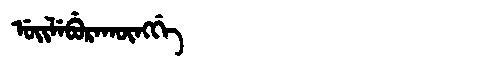
Manchu: ᡠᡳᠯᡝᠪᡠᡵᠠᡴᡡᠩᡤᡝ
Romanization: UILEBURAKŪNGGE